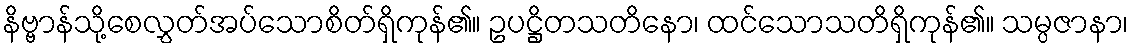
နိဗ္ဗာန်သို့စေလွှတ်အပ်သောစိတ်ရှိကုန်၏။ ဥပဋ္ဌိတသတိနော၊ ထင်သောသတိရှိကုန်၏။ သမ္ပဇာနာ၊